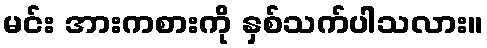
မင်း အားကစားကို နှစ်သက်ပါသလား။